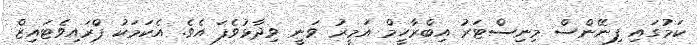
ކަމުގައި ފިނޭންސް މިނިސްޓަރު އިބްރާހީމް އަމީރު ވަނީ ވިދާޅުވެފަ އެވެ. އެކަމަކު ޕްރައިވެޓައިޒް